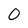
Character: 0